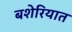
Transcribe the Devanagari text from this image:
बशेरियात